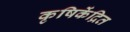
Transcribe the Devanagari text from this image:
कृषिकेंद्रित